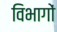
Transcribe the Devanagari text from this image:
विभागों